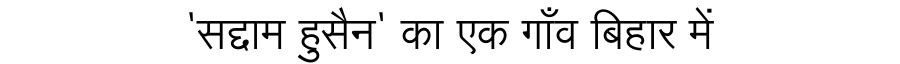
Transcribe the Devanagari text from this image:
'सद्दाम हुसैन' का एक गाँव बिहार में